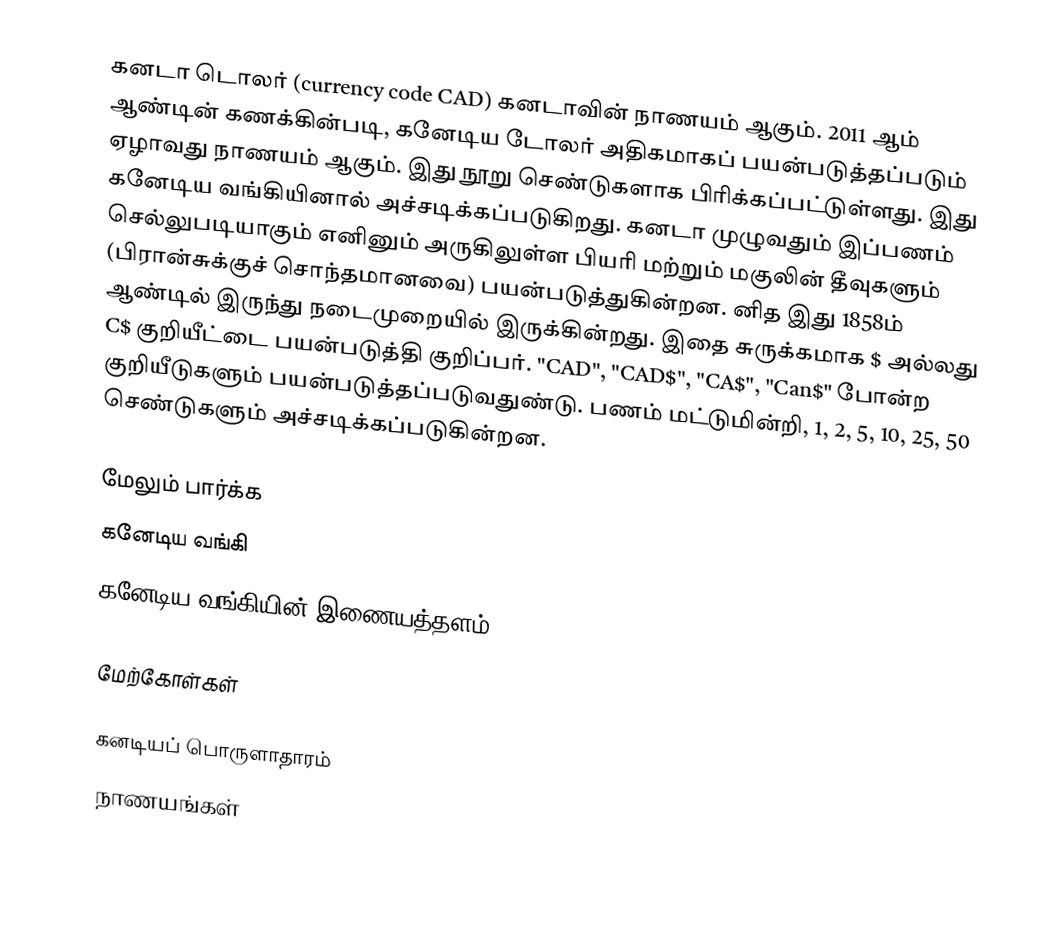
கனடா டொலர் (currency code CAD) கனடாவின் நாணயம் ஆகும். 2011 ஆம் ஆண்டின் கணக்கின்படி, கனேடிய டோலர் அதிகமாகப் பயன்படுத்தப்படும் ஏழாவது நாணயம் ஆகும். இது நூறு செண்டுகளாக பிரிக்கப்பட்டுள்ளது. இது கனேடிய வங்கியினால் அச்சடிக்கப்படுகிறது. கனடா முழுவதும் இப்பணம் செல்லுபடியாகும் எனினும் அருகிலுள்ள பியரி மற்றும் மகுலின் தீவுகளும் (பிரான்சுக்குச் சொந்தமானவை) பயன்படுத்துகின்றன. னித இது 1858ம் ஆண்டில் இருந்து நடைமுறையில் இருக்கின்றது. இதை சுருக்கமாக $ அல்லது C$ குறியீட்டை பயன்படுத்தி குறிப்பர். "CAD", "CAD$", "CA$", "Can$" போன்ற குறியீடுகளும் பயன்படுத்தப்படுவதுண்டு. பணம் மட்டுமின்றி, 1, 2, 5, 10, 25, 50 செண்டுகளும் அச்சடிக்கப்படுகின்றன.

மேலும் பார்க்க
 கனேடிய வங்கி
 கனேடிய வங்கியின் இணையத்தளம்

மேற்கோள்கள்

கனடியப் பொருளாதாரம்
நாணயங்கள்